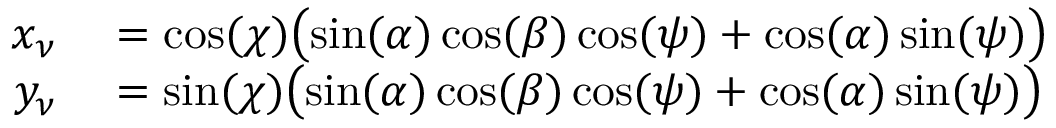
\begin{array} { r l } { x _ { \nu } } & { { } = \cos ( \chi ) \big ( \! \sin ( \alpha ) \cos ( \beta ) \cos ( \psi ) + \cos ( \alpha ) \sin ( \psi ) \big ) } \\ { y _ { \nu } } & { { } = \sin ( \chi ) \big ( \! \sin ( \alpha ) \cos ( \beta ) \cos ( \psi ) + \cos ( \alpha ) \sin ( \psi ) \big ) } \end{array}